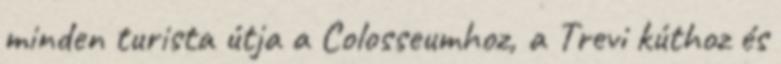
minden turista útja a Colosseumhoz, a Trevi kúthoz és